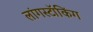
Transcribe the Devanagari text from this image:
लांगस्टॉकिंग